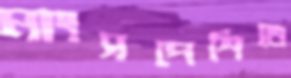
মাংসপেশিতে